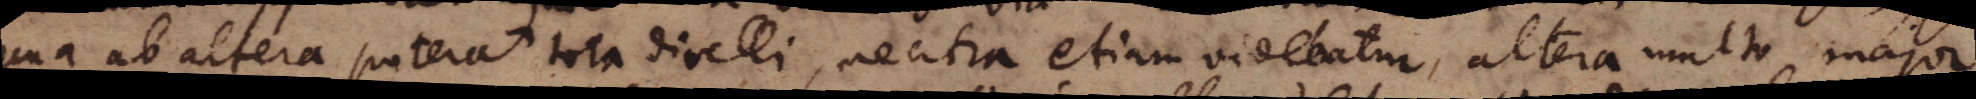
una ab altera poterat tota divelli, neutra etiam videbatur, altera multo major,